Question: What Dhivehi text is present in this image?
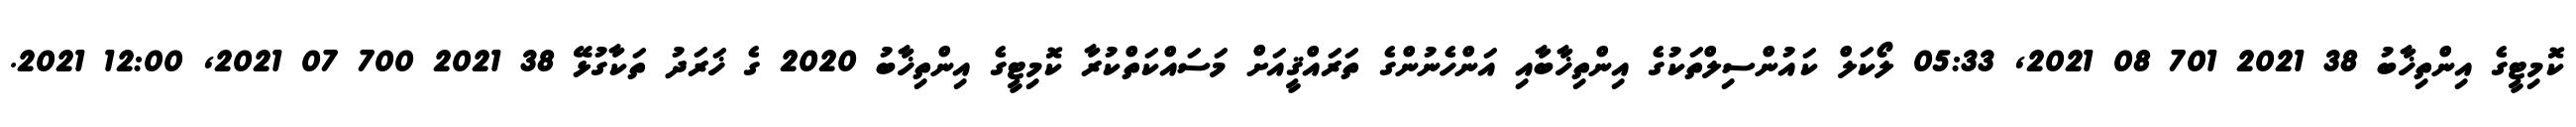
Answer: ކޮމިޓީގެ އިންތިޚާބު 38 2021 701 08 2021, 05:33 ލޯކަލް ކައުންސިލްތަކުގެ އިންތިޚާބާއި އަންހެނުންގެ ތަރައްޤީއަށް މަސައްކަތްކުރާ ކޮމިޓީގެ އިންތިޚާބު 2020 ގެ ޚަރަދު ތަކާގުޅޭ 38 2021 700 07 2021, 12:00 2021.